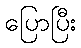
ပြောပြီး